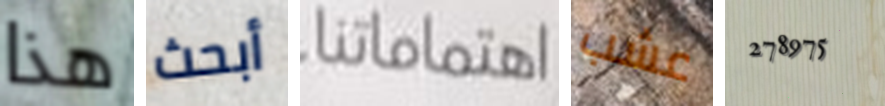
هذا أبحث اهتماماتنا عشب 278975